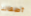
أطفالنا